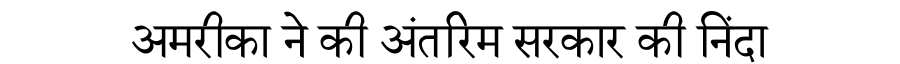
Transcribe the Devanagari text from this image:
अमरीका ने की अंतरिम सरकार की निंदा